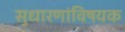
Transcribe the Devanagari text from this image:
सुधारणांविषयक